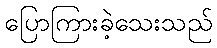
ပြောကြားခဲ့သေးသည်